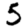
Digit: 5